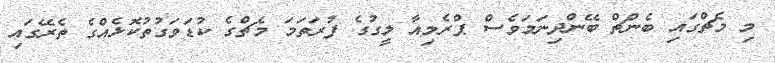
މި މެޗްގައި ބެންޗް ބޭންދިނަމަވެސް ޕްރެމިއާ ލީގުގެ ފުރަތަމަ މެޗްގެ ކުޑަވަގުތުކޮޅެއްގެ ތެރޭގައި